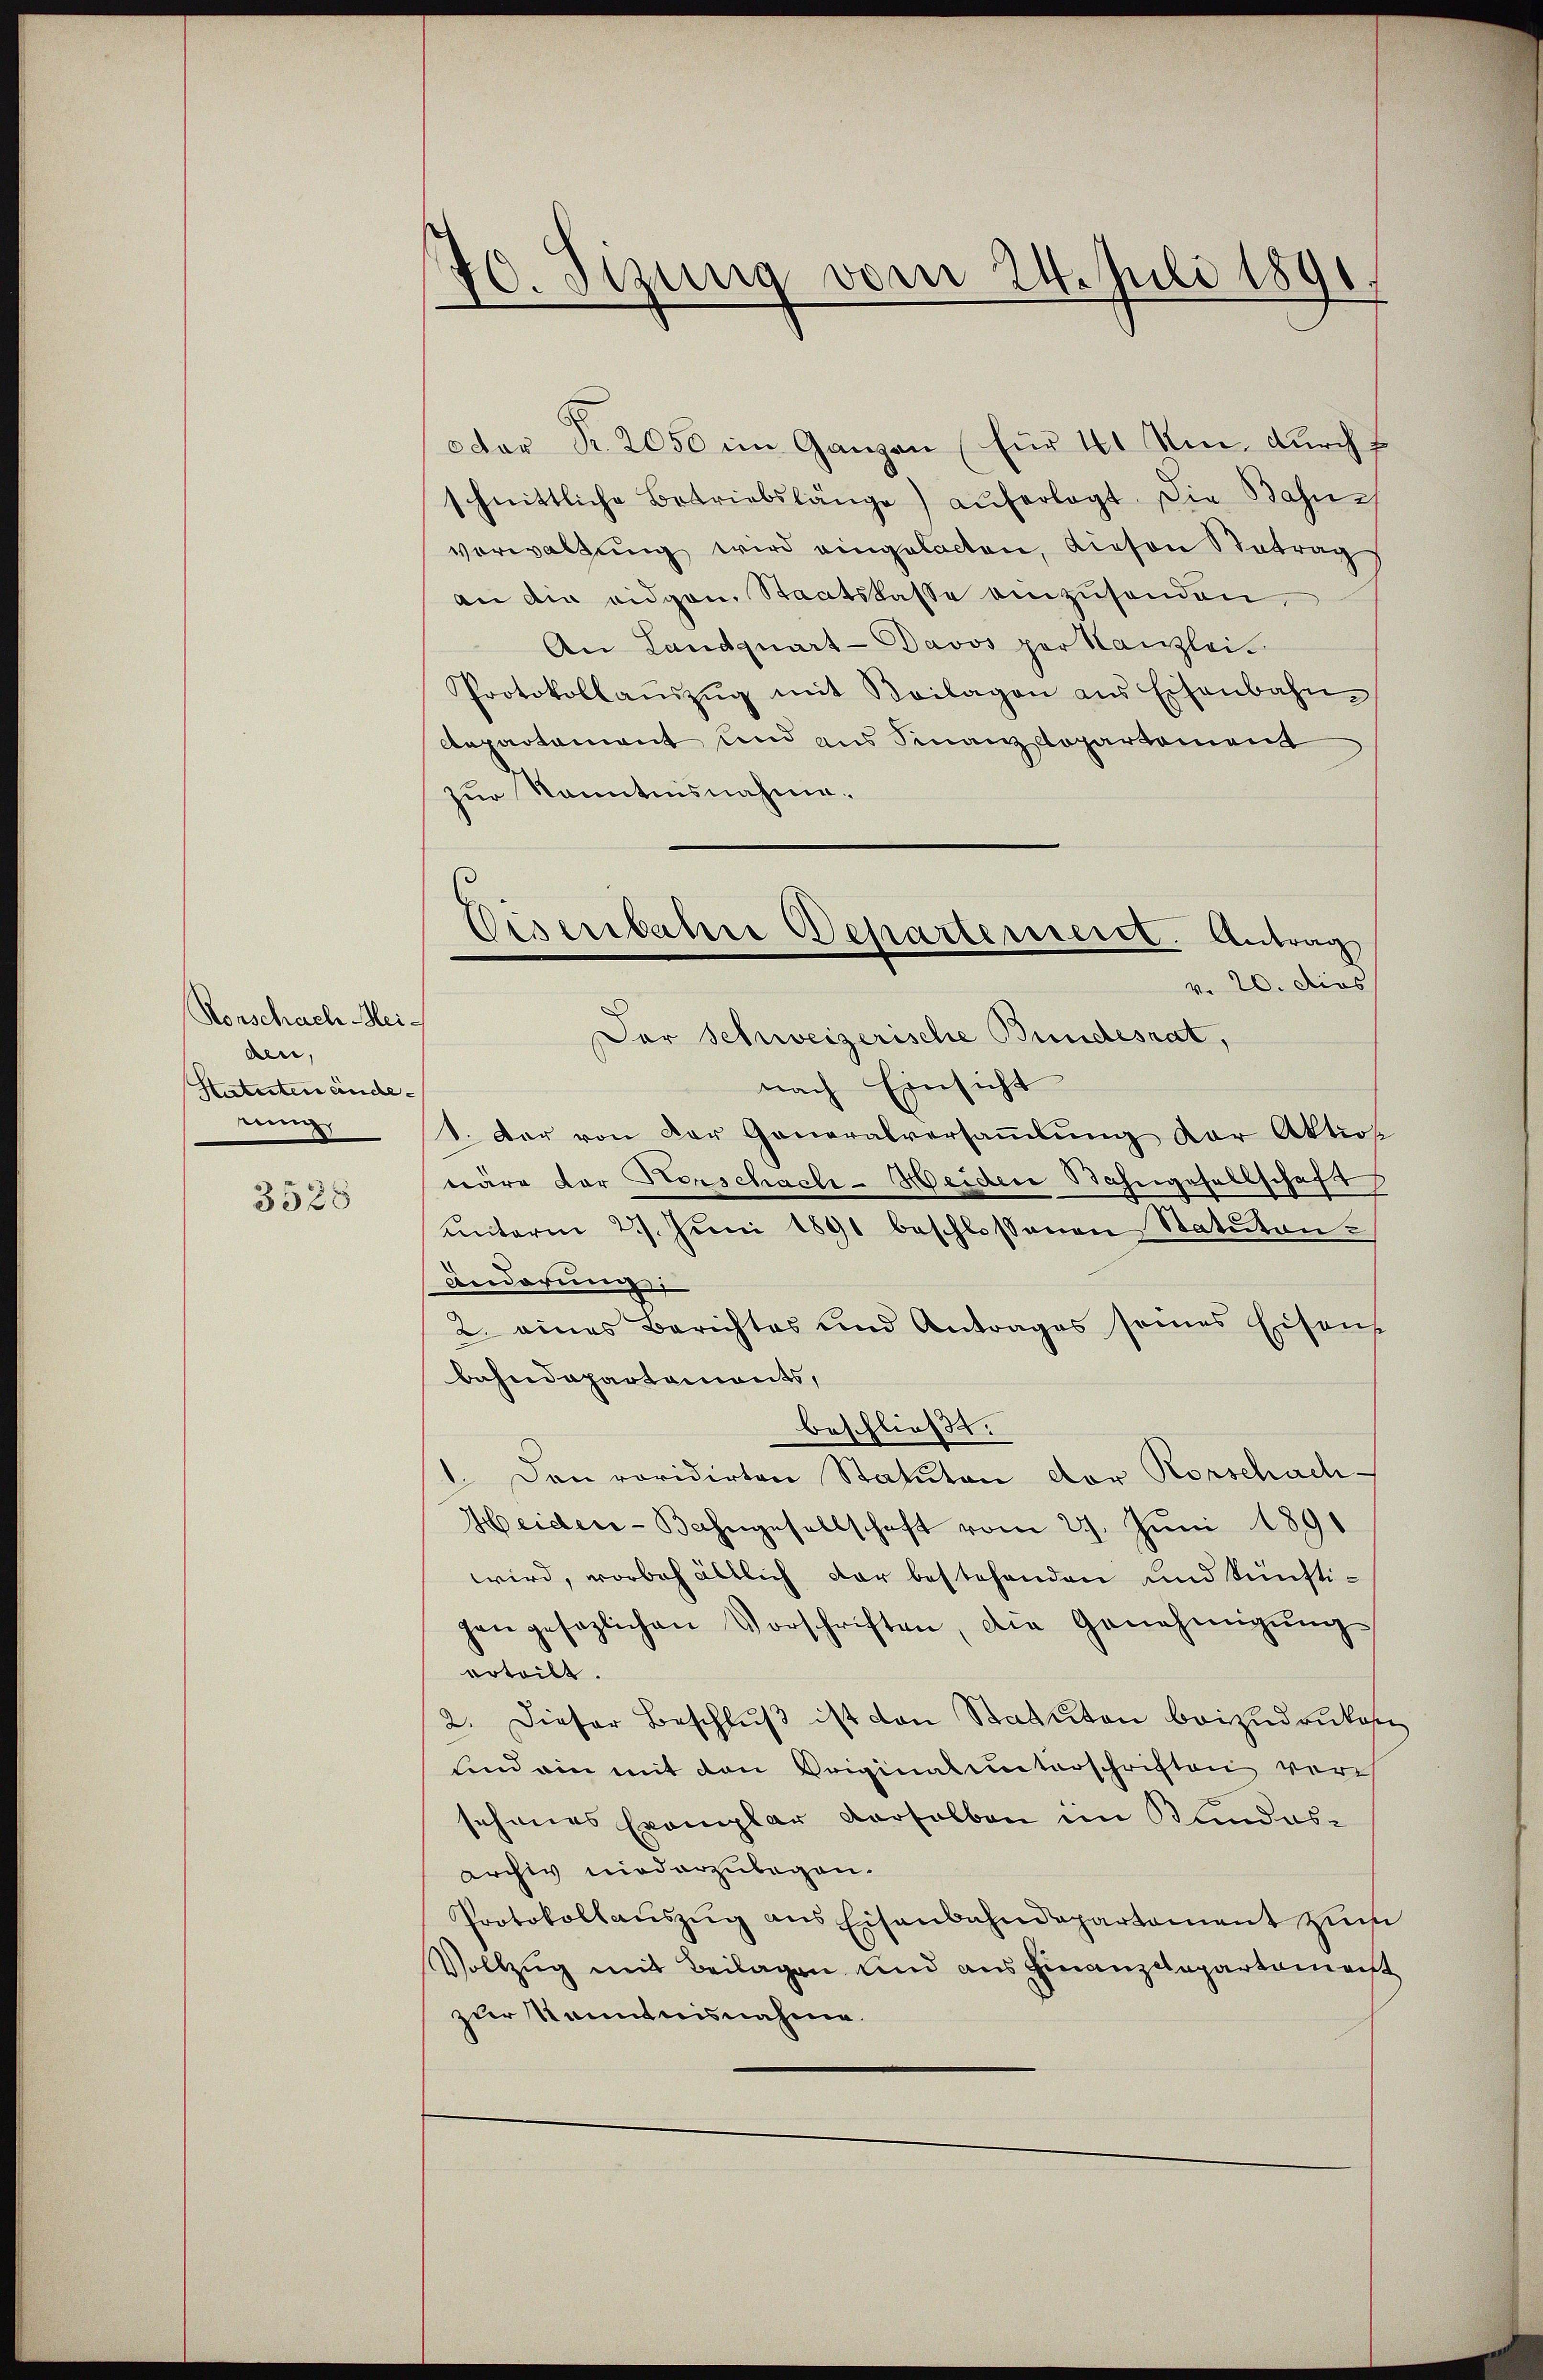
Ronschach Meiden,
Statutenändenung

3528

70. Sizung vom 24. Juli 1891.

oder R. 2050 im Ganzen (für 4. Um durch f
schnittliche Betriebslänge) auferlegt. Die Bahn-
verwaltŭng wird eingelacten, diesen Betrag
an die eidgen. Staatskasse einzusenden,
An Landquart-Davos par Kanzlei
Protokollaŭszŭg mit Beilagen aus Eisenbahn-
epartement und aus Finanzdepartement
zur Kenntnisnahme.
v. 20. dies
nach Einsicht
1. Der von der Generalversammlung der Aktion
wäre der Horschach-Heiden Wahngesellschaft
ŭnterm 27. Jŭni 1891 beschlossenen Statuten.
Anderung
2. eines Berichtes und Antrages seines Eisen,
bahndepartaments,
beschließt:
1. Den revidirten Statuten der Rorschach
Heider-Bahngesellschaft vom 29. Juni 1891
wird, vorbehältlich dar bestehenden und künftigen gesezlichen Vorschriften, die Genehmigŭng
erteilt.
2. Dieser Beschluß ist den Statuten beizudruken
sind ein mit den Originalunterschriften vor
sehenes Exemplar derselben im Kundesarchiv niederzubegon¬
Protokollauszug aus Eisenbahndepartement zum
Vollzug mit Beilagen und aus Finanzdepartement
zur Kenntnisnahme.

Wisenbahre Departement. Antrag
Der Schweizerische Bundesrat,